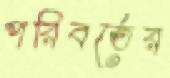
পরিবর্তের